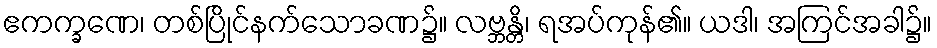
ဧကက္ခဏေ၊ တစ်ပြိုင်နက်သောခဏ၌။ လဗ္ဘန္တိ၊ ရအပ်ကုန်၏။ ယဒါ၊ အကြင်အခါ၌။